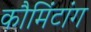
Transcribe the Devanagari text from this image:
कौमिंटांग